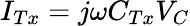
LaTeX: {I_{Tx}}=j\omega{C_{Tx}}{V_{C}}